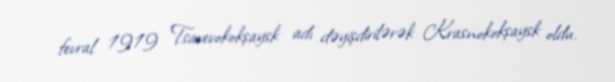
fevral 1919 Tsarevokokşaysk adı dəyişdirilərək Krasnokokşaysk oldu.